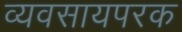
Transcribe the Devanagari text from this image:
व्‍यवसायपरक